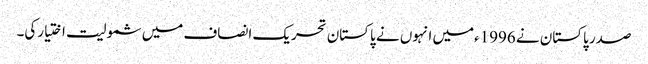
صدر پاکستان نے 1996ءمیں انہوں نے پاکستان تحریک انصاف میں شمولیت اختیارکی۔